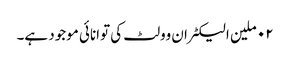
٠٢ ملین الیکٹران وولٹ کی توانائی موجود ہے۔